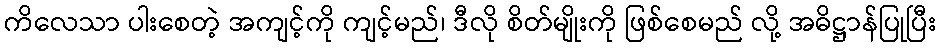
ကိလေသာ ပါးစေတဲ့ အကျင့်ကို ကျင့်မည်၊ ဒီလို စိတ်မျိုးကို ဖြစ်စေမည် လို့ အဓိဋ္ဌာန်ပြုပြီး